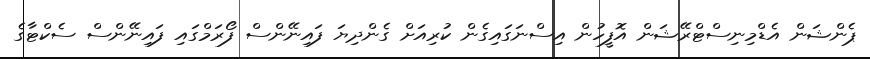
ޕެންޝަން އެޑްމިނިސްޓްރޭޝަން އޮފީހުން އިސްނަގައިގެން ކުރިއަށް ގެންދިޔަ ފައިނޭންސް ފޯރަމްގައި ފައިނޭންސް ސެކްޓާގެ